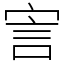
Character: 㝘